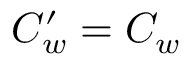
C _ { w } ^ { \prime } = C _ { w }